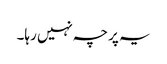
یہ پرچہ نہیں رہا۔